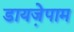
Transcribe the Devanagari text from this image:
डायजे़पाम